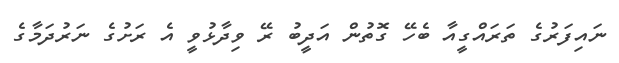
ނައިފަރުގެ ތަރައްގީއާ ބެހޭ ގޮތުން އަދީބު ރޭ ވިދާޅުވީ އެ ރަށުގެ ނަރުދަމާގެ